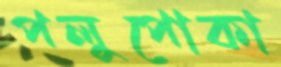
পলুপোকা